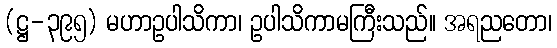
(ဋ္ဌ-၃၉၅) မဟာဥပါသိကာ၊ ဥပါသိကာမကြီးသည်။ အရညတော၊